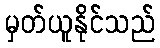
မှတ်ယူနိုင်သည်